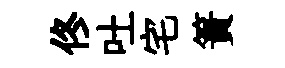
佟吐宅簀